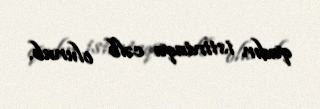
qadın istintaqa cəlb olunub.